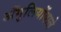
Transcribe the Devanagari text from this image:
अँगुलियोंवाले